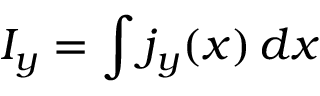
I _ { y } = \int j _ { y } ( x ) \, d x